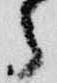
之